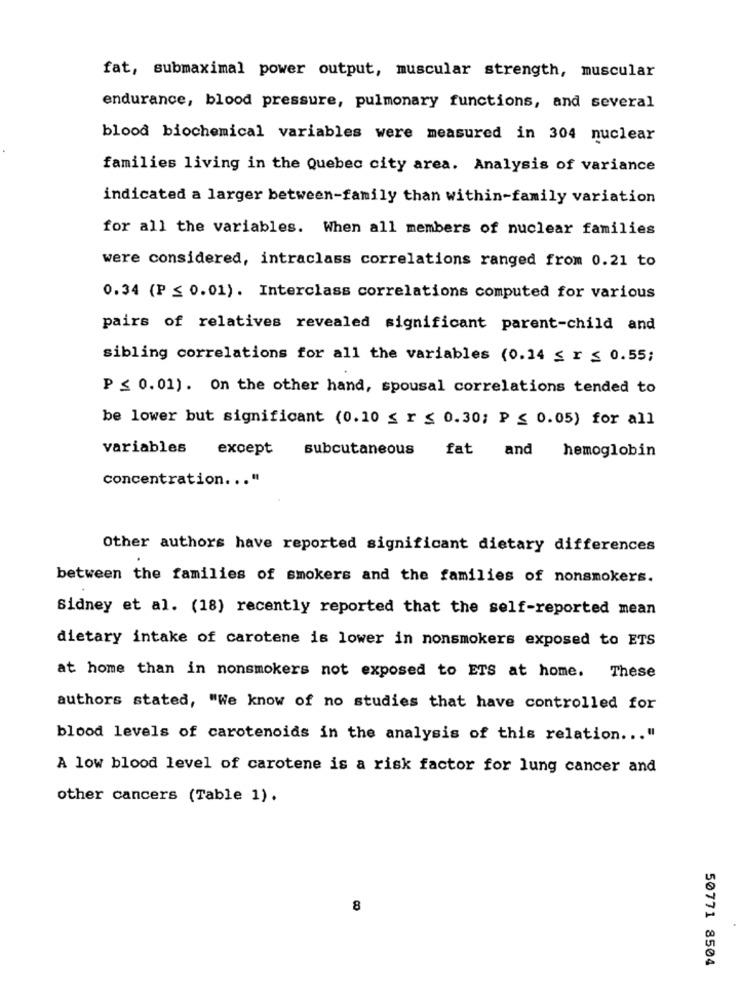
fat, submaximal power output, muscular strength, muscular
endurance, blood pressure, pulmonary functions, and several
blood biochemical variables were measured in 304 nuclear
families living in the Quebec city area. Analysis of variance
indicated a larger between-family than within-family variation
for all the variables. When all members of nuclear families
were considered, intraclass correlations ranged from 0.21 to
0.34 (P ≤ 0.01). Interclass correlations computed for various
pairs of relatives revealed significant parent-child and
sibling correlations for all the variables (0.14 ≤ r ≤ 0.55;
P ≤ 0.01). On the other hand, spousal correlations tended to
be lower but significant (0.10 ≤ r ≤ 0.30; P ≤ 0.05) for all
variables
except
subcutaneous
hemoglobin
fat and
concentration ... "
Other authors have reported significant dietary differences
between the families of smokers and the families of nonsmokers.
Sidney et al. (18) recently reported that the self-reported mean
dietary intake of carotene is lower in nonsmokers exposed to ETS
at home than in nonsmokers not exposed to ETS at home.
These
authors stated, "We know of no studies that have controlled for
blood levels of carotenoids in the analysis of this relation ... "
A low blood level of carotene is a risk factor for lung cancer and
other cancers (Table 1).
8
50771 8504